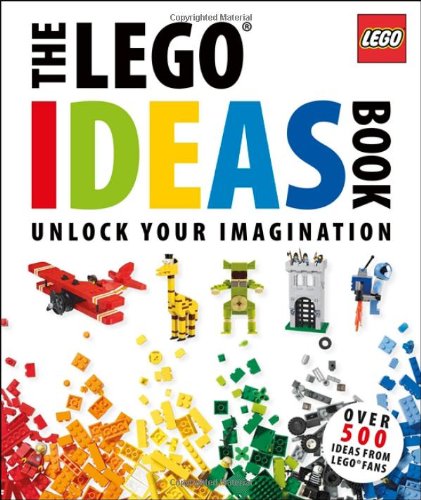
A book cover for The LEGO Ideas Book; Daniel Lipkowitz; Crafts, Hobbies & Home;